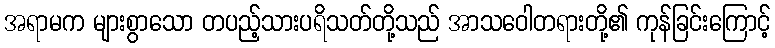
အရာမက များစွာသော တပည့်သားပရိသတ်တို့သည် အာသဝေါတရားတို့၏ ကုန်ခြင်းကြောင့်